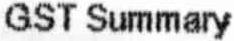
GST SUMMARY